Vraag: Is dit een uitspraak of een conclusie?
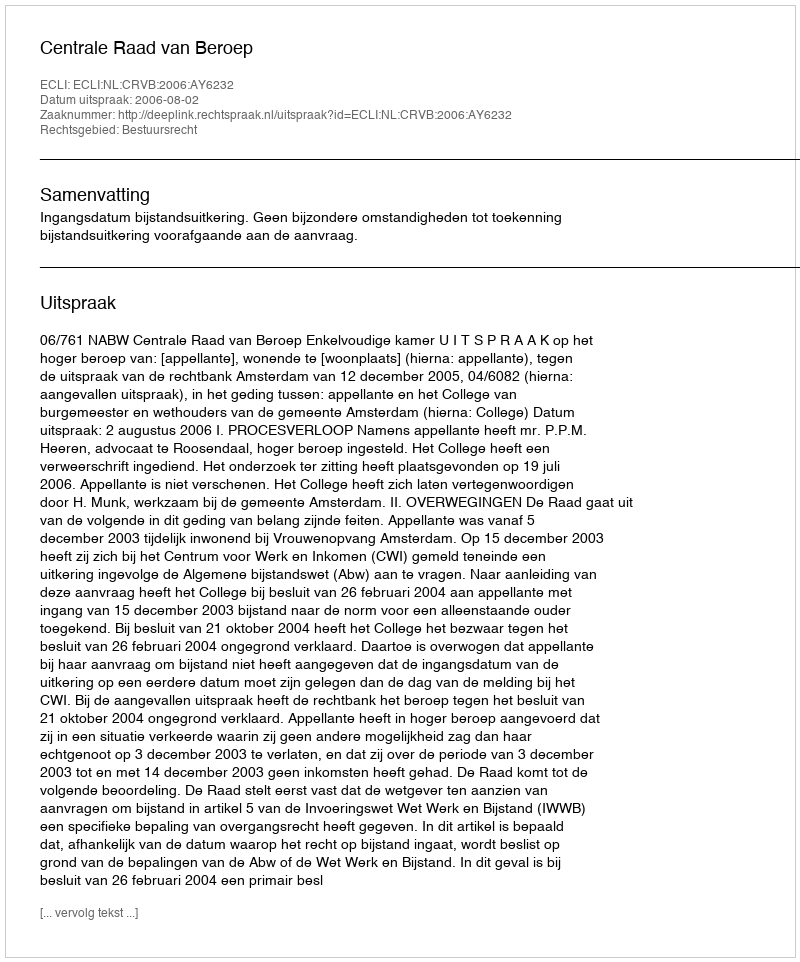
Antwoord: Uitspraak